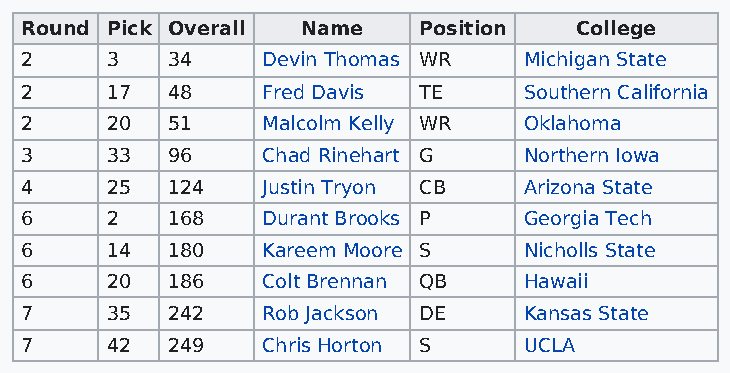
Round Pick Overall Name    Position  College
 2     3   34    Devin Thomas WR   Michigan State
 2     17  48    Fred Davis TE     Southern California
 2     20  51    Malcolm Kelly WR  Oklahoma
 3     33  96    Chad Rinehart G   Northern Iowa
 4     25  124   Justin Tryon CB   Arizona State
 6     2   168   Durant Brooks P   Georgia Tech
 6     14  180   Kareem Moore S    Nicholls State
 6     20  186   Colt Brennan QB   Hawaii
 7     35  242   Rob Jackson DE    Kansas State
 7     42  249   Chris Horton S    UCLA